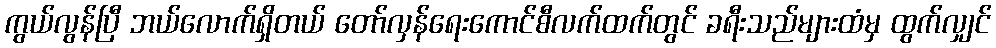
ကွယ်လွန်ပြီ ဘယ်လောက်ရှိတယ် တော်လှန်ရေးကောင်စီလက်ထက်တွင် ခရီးသည်များထံမှ ထွက်လျှင်